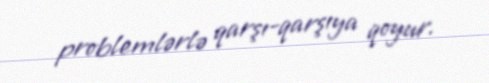
problemlərlə qarşı-qarşıya qoyur.